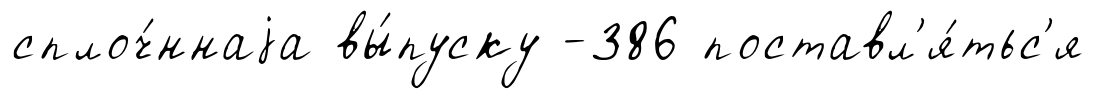
сплоч́ннаjа вы́пуску -386 поставл'я́тьс'я